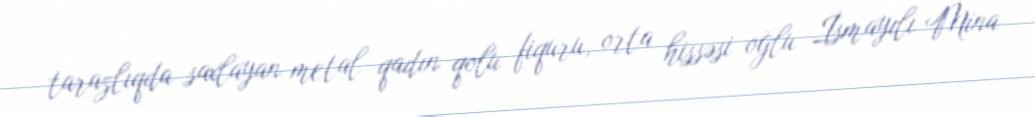
tarazlıqda saxlayan metal qadın qolu fiquru, orta hissəsi oğlu İsmayılı Mina